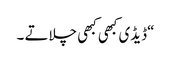
“ڈیڈی کبھی کبھی چلاتے ۔